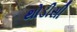
થોડીસી